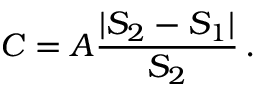
C = A { \frac { | S _ { 2 } - S _ { 1 } | } { S _ { 2 } } } \, .